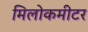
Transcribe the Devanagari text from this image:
मिलोकमीटर